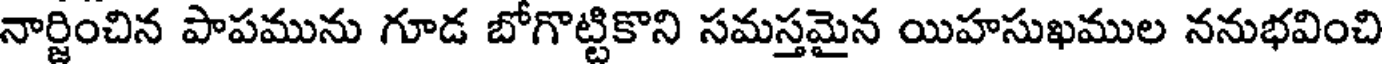
నార్జించిన పాపమును గూడ బోగొట్టికొని సమస్తమైన యిహసుఖముల ననుభవించి